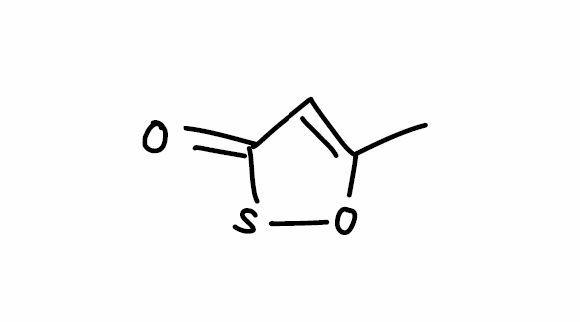
Simplified molecular-input line-entry system (SMILES) notation of the given molecule:
CC1=CC(=O)SO1